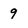
Character: 9